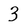
Character: 3